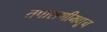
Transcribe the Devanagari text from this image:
तपासणीमधून